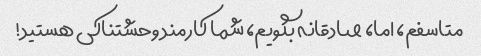
متاسفم، اما، صادقانه بگویم، شما کارمند وحشتناکی هستید!